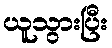
ယူသွားပြီး